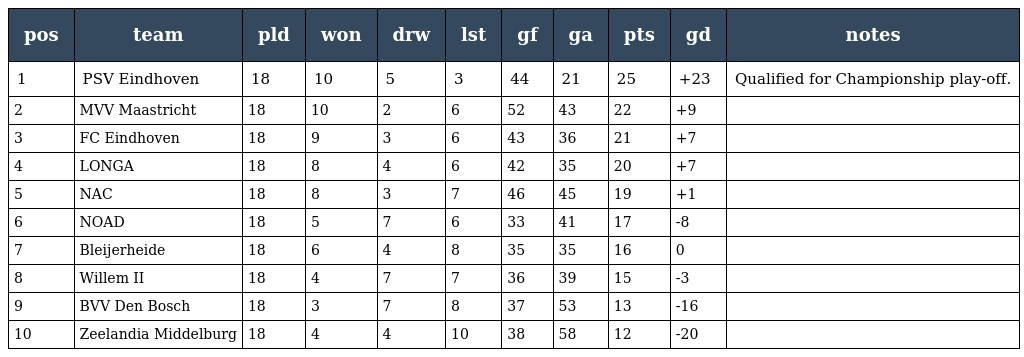
| pos | team | pld | won | drw | lst | gf | ga | pts | gd | notes |
 | --- | --- | --- | --- | --- | --- | --- | --- | --- | --- | --- |
 | 1 | PSV Eindhoven | 18 | 10 | 5 | 3 | 44 | 21 | 25 | +23 | Qualified for Championship play-off. |
 | 2 | MVV Maastricht | 18 | 10 | 2 | 6 | 52 | 43 | 22 | +9 |  |
 | 3 | FC Eindhoven | 18 | 9 | 3 | 6 | 43 | 36 | 21 | +7 |  |
 | 4 | LONGA | 18 | 8 | 4 | 6 | 42 | 35 | 20 | +7 |  |
 | 5 | NAC | 18 | 8 | 3 | 7 | 46 | 45 | 19 | +1 |  |
 | 6 | NOAD | 18 | 5 | 7 | 6 | 33 | 41 | 17 | -8 |  |
 | 7 | Bleijerheide | 18 | 6 | 4 | 8 | 35 | 35 | 16 | 0 |  |
 | 8 | Willem II | 18 | 4 | 7 | 7 | 36 | 39 | 15 | -3 |  |
 | 9 | BVV Den Bosch | 18 | 3 | 7 | 8 | 37 | 53 | 13 | -16 |  |
 | 10 | Zeelandia Middelburg | 18 | 4 | 4 | 10 | 38 | 58 | 12 | -20 |  |